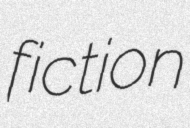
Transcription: fiction